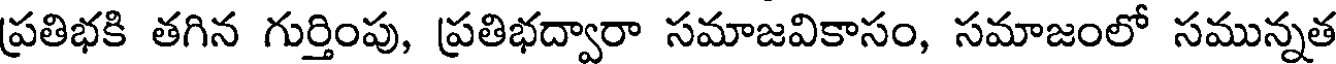
ప్రతిభకి తగిన గుర్తింపు, ప్రతిభద్వారా సమాజవికాసం, సమాజంలో సమున్నత